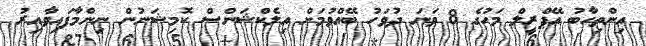
އިންތިހާބު އޭޕްރީލް މަހުގެ 8 ވަނަ ދުވަހު ބޭއްވުމަށް އިލެކްޝަންސް ކޮމިޝަނުން ނިންމާފައިވާއިރު